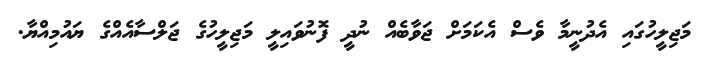
މަޖިލީހުގައި އެދުނީމާ ވެސް އެކަމަށް ޖަވާބެއް ނުދީ ފޮނުވައިލީ މަޖިލީހުގެ ޖަލްސާއެއްގެ ޔައުމިއްޔާ.